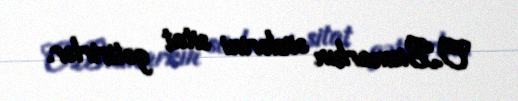
O.Bismarkın sözlərini sitat gətirirlər.